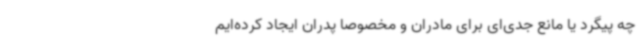
چه پیگرد یا مانع جدی‌ای برای مادران و مخصوصا پدران ایجاد کرده‌ایم